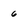
Character: 6